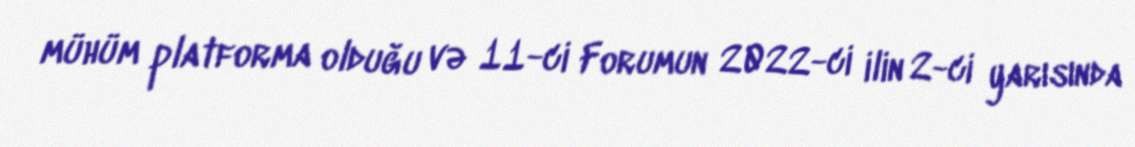
mühüm platforma olduğu və 11-ci Forumun 2022-ci ilin 2-ci yarısında